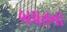
બચતના